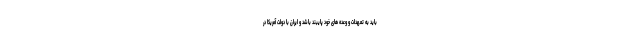
باید به تعهدات و وعده های خود پایبند باشد و ایران با دولت آمریکا در